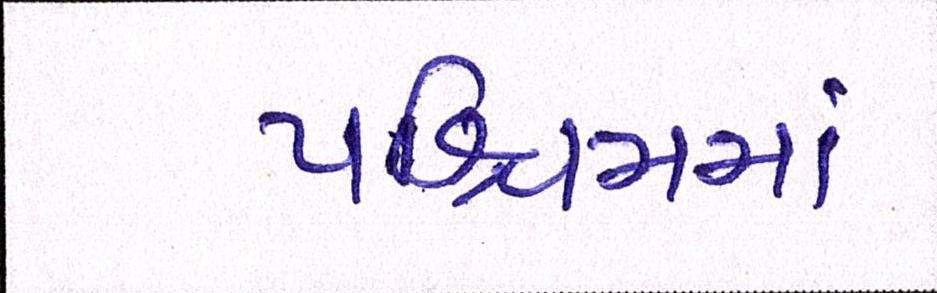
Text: પશ્ચિમમાં